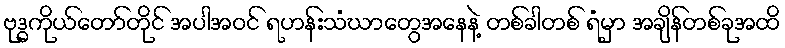
ဗုဒ္ဓကိုယ်တော်တိုင် အပါအဝင် ရဟန်းသံဃာတွေအနေနဲ့ တစ်ခါတစ် ရံမှာ အချိန်တစ်ခုအထိ